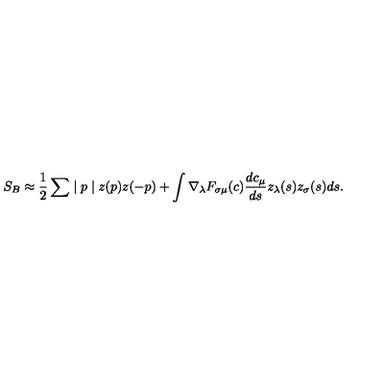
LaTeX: S _ { B } \approx \frac { 1 } { 2 } \sum \mid p \mid z ( p ) z ( - p ) + \int \nabla _ { \lambda } F _ { \sigma \mu } ( c ) \frac { d c _ { \mu } } { d s } z _ { \lambda } ( s ) z _ { \sigma } ( s ) d s .